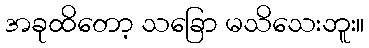
အခုထိတော့ သခြော မသိသေးဘူး။